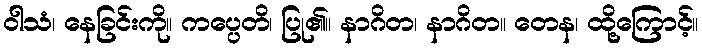
ဝါသံ၊ နေခြင်းကို။ ကပ္ပေတိ၊ ပြု၏။ နာဂိတ၊ နာဂိတ။ တေန၊ ထို့ကြောင့်။